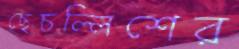
ছেচল্লিশের